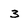
Character: 3